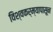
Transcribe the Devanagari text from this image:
विश्वकर्म्यापासून